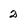
Character: 2